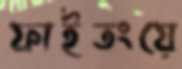
ফাইতংয়ে